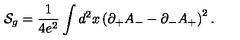
{ \cal S } _ { g } = { \frac { 1 } { 4 e ^ { 2 } } } \int d ^ { 2 } x \left( \partial _ { + } A _ { - } - \partial _ { - } A _ { + } \right) ^ { 2 } .